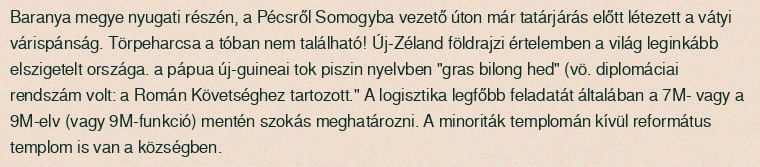
Baranya megye nyugati részén, a Pécsről Somogyba vezető úton már tatárjárás előtt létezett a vátyi várispánság. Törpeharcsa a tóban nem található! Új-Zéland földrajzi értelemben a világ leginkább elszigetelt országa. a pápua új-guineai tok piszin nyelvben "gras bilong hed" (vö. diplomáciai rendszám volt: a Román Követséghez tartozott." A logisztika legfőbb feladatát általában a 7M- vagy a 9M-elv (vagy 9M-funkció) mentén szokás meghatározni. A minoriták templomán kívül református templom is van a községben.